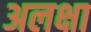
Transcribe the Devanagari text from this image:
अलक्षा